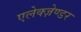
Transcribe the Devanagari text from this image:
एलेक्ज़ेण्डर